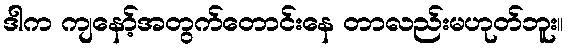
ဒါက ကျနော့်အတွက်တောင်းနေ တာလည်းမဟုတ်ဘူး။